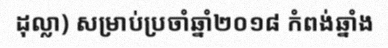
ដុល្លា) សម្រាប់ប្រចាំឆ្នាំ២០១៨ កំពង់ឆ្នាំង